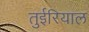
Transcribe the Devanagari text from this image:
तुईरियाल